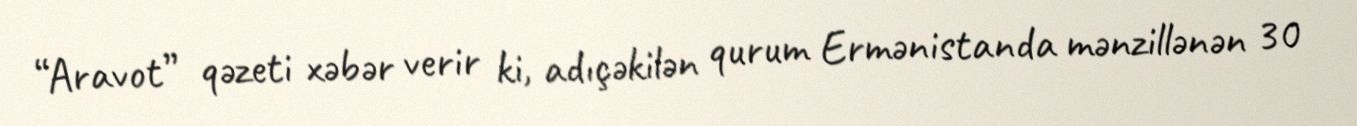
“Aravot” qəzeti xəbər verir ki, adıçəkilən qurum Ermənistanda mənzillənən 30